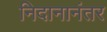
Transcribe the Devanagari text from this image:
निदानानंतर